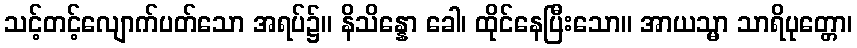
သင့်တင့်လျောက်ပတ်သော အရပ်၌။ နိသိန္နော ခေါ၊ ထိုင်နေပြီးသော။ အာယသ္မာ သာရိပုတ္တော၊